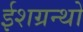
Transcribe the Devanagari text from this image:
ईशग्रन्थो